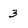
Character: 3